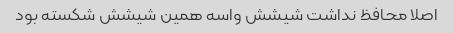
اصلا محافظ نداشت شیشش واسه همین شیشش شکسته بود